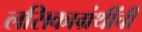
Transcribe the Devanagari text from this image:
लसिकाग्रंथींची